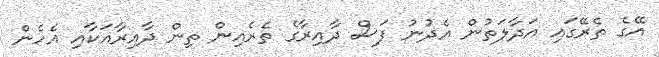
އޭގެ ތެރޭގައި އަދާލަތުން އެދުނު ފަސް ދާއިރާގެ ތެރެއިން ތިން ދާއިރާއަކާއި އެހެން